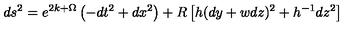
d s ^ { 2 } = e ^ { 2 k + \Omega } \left( - d t ^ { 2 } + d x ^ { 2 } \right) + R \left[ h ( d y + w d z ) ^ { 2 } + h ^ { - 1 } d z ^ { 2 } \right]